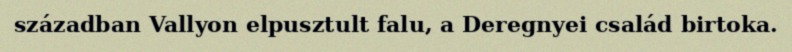
században Vallyon elpusztult falu, a Deregnyei család birtoka.